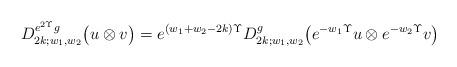
LaTeX: \begin{align*} D_{2k;w_1,w_2}^{e^{2\Upsilon}g} \bigl( u \otimes v \bigr) = e^{(w_1+w_2-2k)\Upsilon} D_{2k;w_1,w_2}^{g} \bigl( e^{-w_1\Upsilon}u \otimes e^{-w_2\Upsilon}v \bigr) \end{align*}